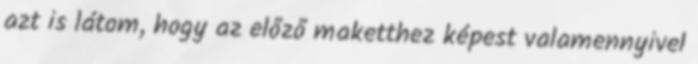
azt is látom, hogy az előző maketthez képest valamennyivel